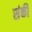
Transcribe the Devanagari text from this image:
संकी